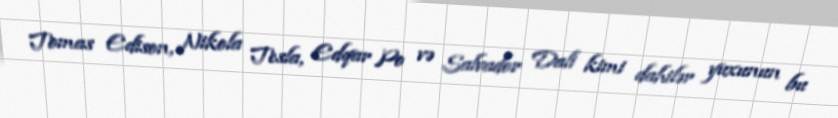
Tomas Edison, Nikola Tesla, Edqar Po və Salvador Dali kimi dahilər yuxunun bu